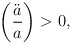
\begin{align*}\left(\ddot a \over a\right) > 0,\end{align*}